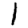
Digit: 1